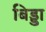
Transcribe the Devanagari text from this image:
बिड्डा